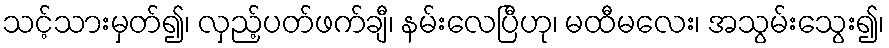
သင့်သားမှတ်၍၊ လှည့်ပတ်ဖက်ချီ၊ နမ်းလေပြီဟု၊ မထီမလေး၊ အသွမ်းသွေး၍၊